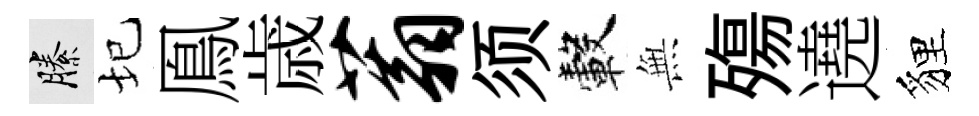
縢圮鳯歳蓊须轂𭴾殤遶貍